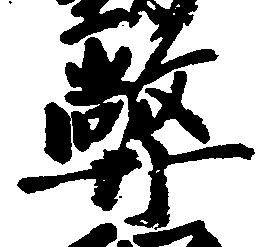
弊